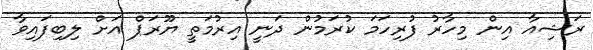
ރަޝިއާ އިން މިހާރު ފުރިހަމަ ކުރަމުން ދަނީ އިރުމަތީ ޔޫރަޕް އަށް ލިބިފައިވާ